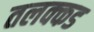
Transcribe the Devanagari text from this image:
तलक्कड